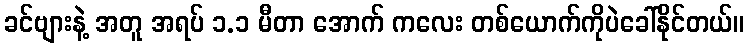
ခင်ဗျားနဲ့ အတူ အရပ် ၁.၁ မီတာ အောက် ကလေး တစ်ယောက်ကိုပဲခေါ်နိုင်တယ်။